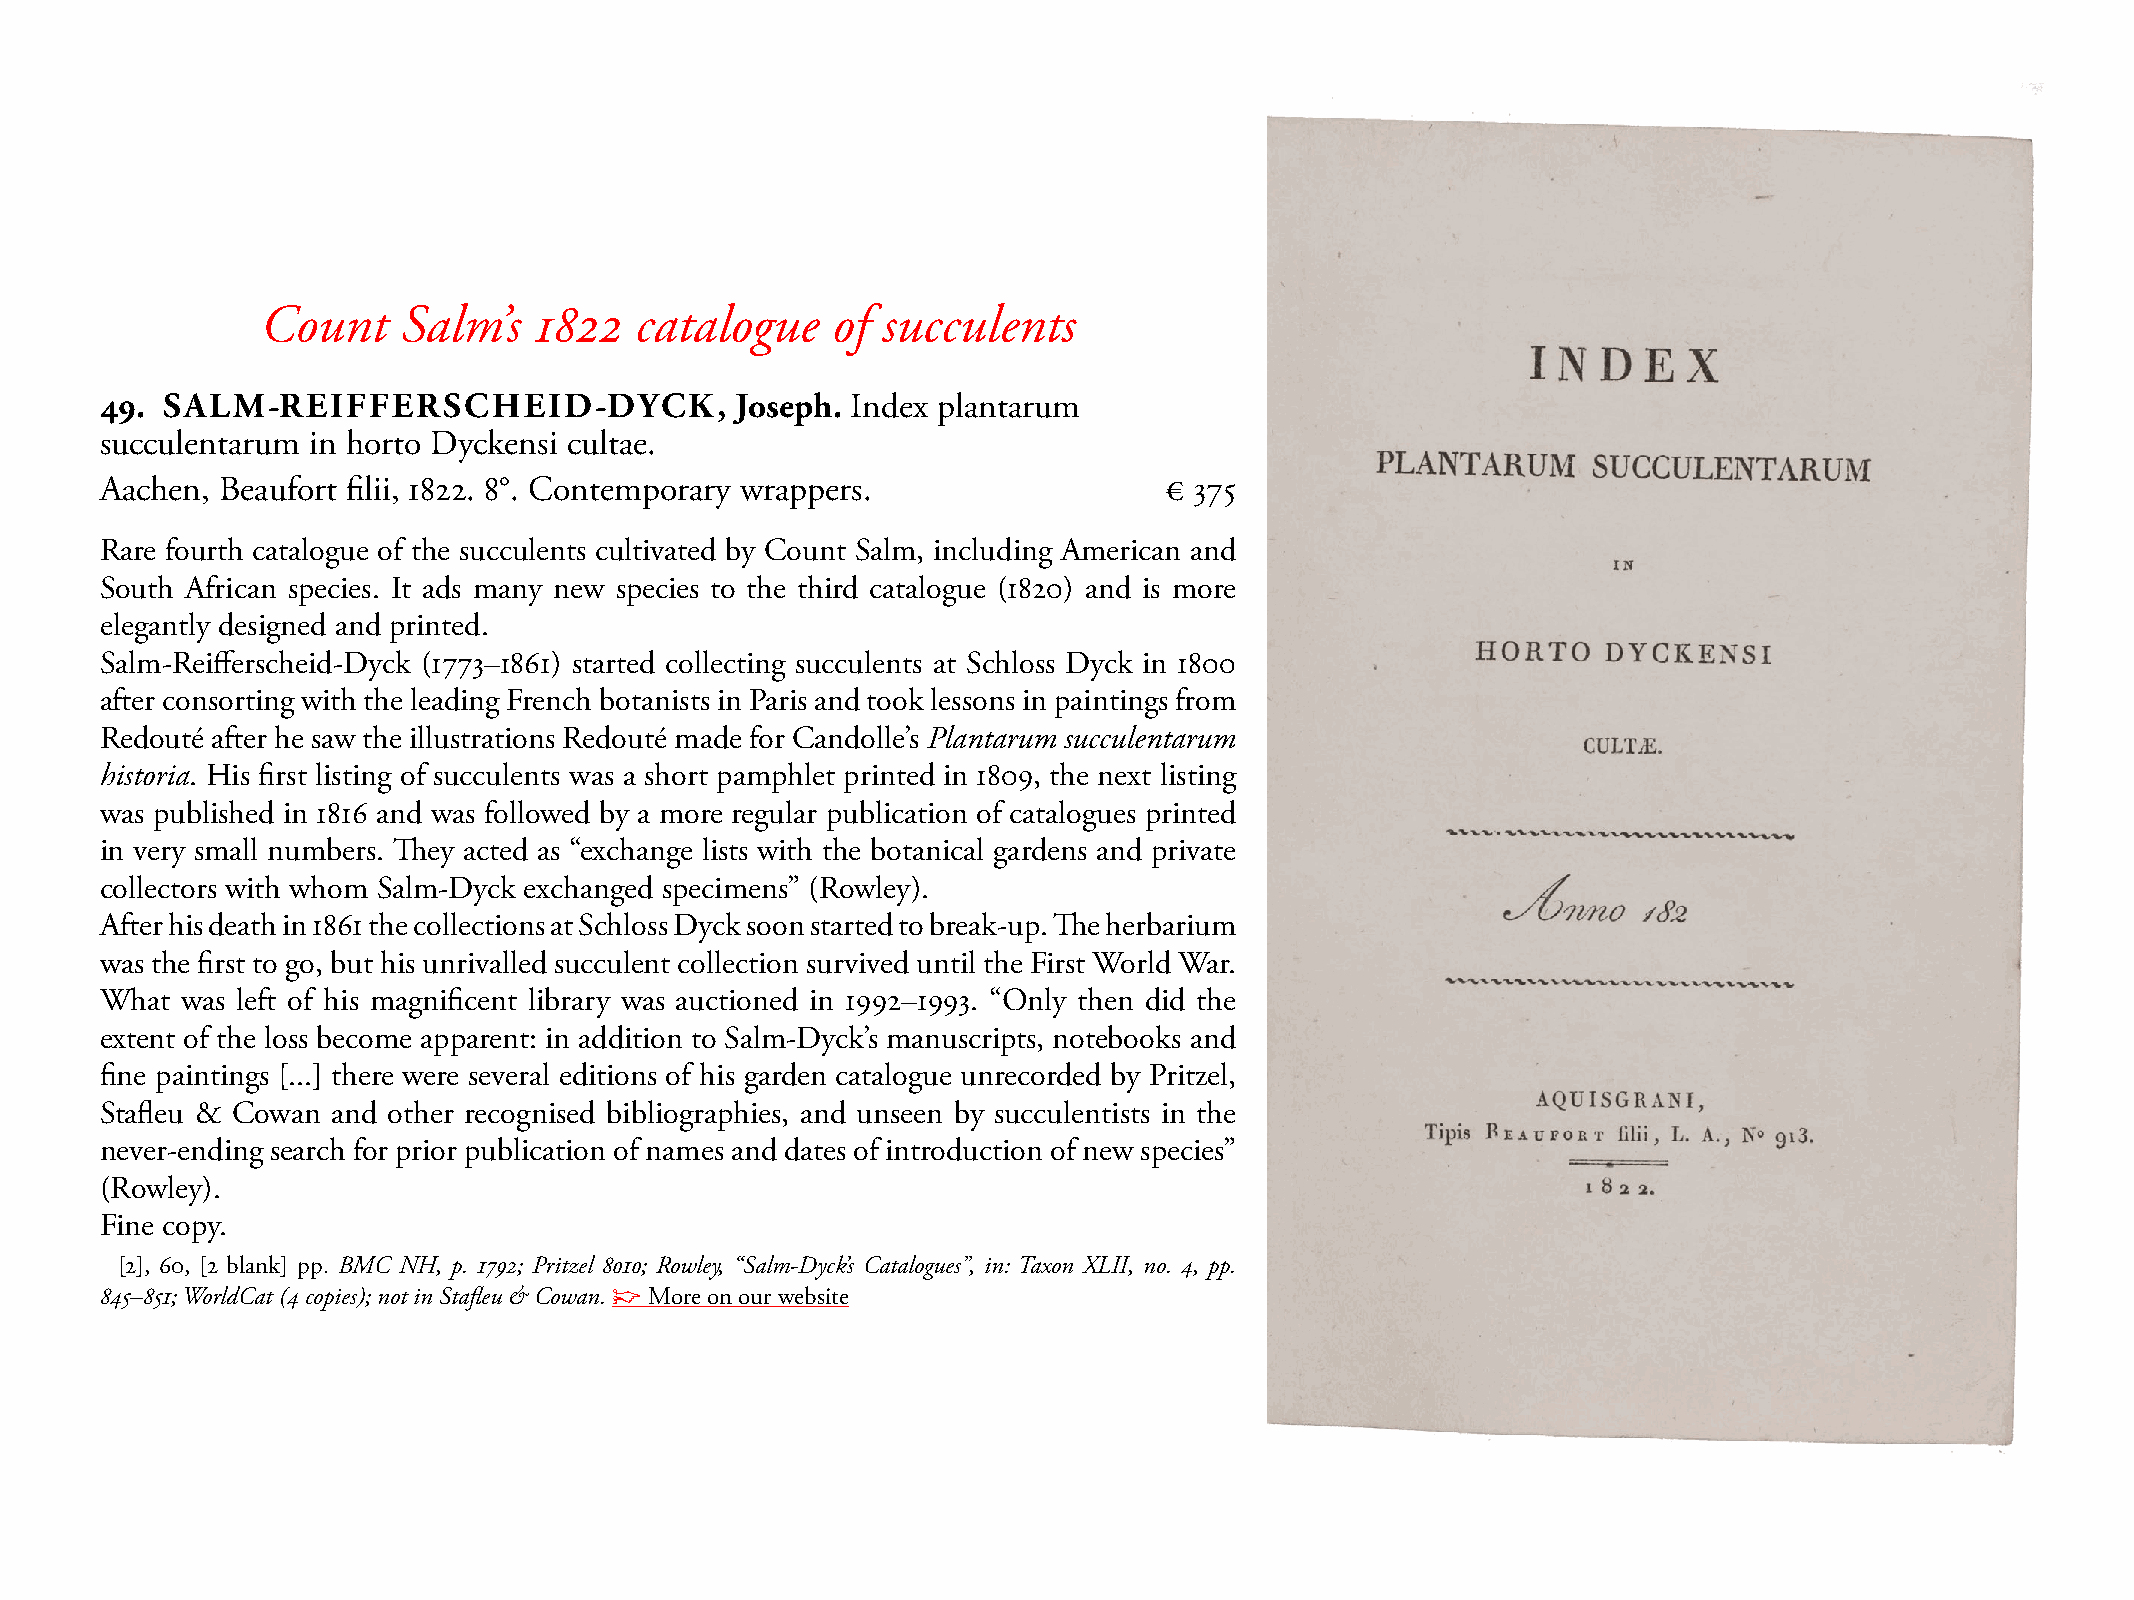
Count     Salm’s  1822   catalogue    of succulents
 49. SALM-REIFFERSCHEID-DYCK,              Joseph. Index plantarum
 succulentarum in horto Dyckensi cultae.
 Aachen, Beaufort filii, 1822. 8°. Contemporary wrappers.              € 375
 Rare fourth catalogue of the succulents cultivated by Count salm, including American and
 south African species. It ads many new species to the third catalogue (1820) and is more
 elegantly designed and printed.
 salm-Reifferscheid-Dyck (1773–1861) started collecting succulents at schloss Dyck in 1800
 after consorting with the leading French botanists in Paris and took lessons in paintings from
 Redouté after he saw the illustrations Redouté made for Candolle’s Plantarum succulentarum
 historia. His first listing of succulents was a short pamphlet printed in 1809, the next listing
 was published in 1816 and was followed by a more regular publication of catalogues printed
 in very small numbers. They acted as “exchange lists with the botanical gardens and private
 collectors with whom salm-Dyck exchanged specimens” (Rowley).
 After his death in 1861 the collections at schloss Dyck soon started to break-up. The herbarium
 was the first to go, but his unrivalled succulent collection survived until the First World War.
 What was left of his magnificent library was auctioned in 1992–1993. “Only then did the
 extent of the loss become apparent: in addition to salm-Dyck’s manuscripts, notebooks and
 fine paintings [...] there were several editions of his garden catalogue unrecorded by Pritzel,
 stafleu & Cowan and other recognised bibliographies, and unseen by succulentists in the
 never-ending search for prior publication of names and dates of introduction of new species”
 (Rowley).
 Fine copy.
 [2], 60, [2 blank] pp. BMC NH, p. 1792; Pritzel 8010; Rowley, “Salm-Dyck’s Catalogues”, in: Taxon XLII, no. 4, pp.
 845–851; WorldCat (4 copies); not in Stafleu & Cowan. ☞ more on our website